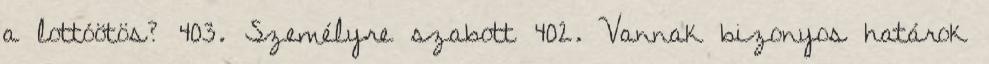
a lottóötös? 403. Személyre szabott 402. Vannak bizonyos határok